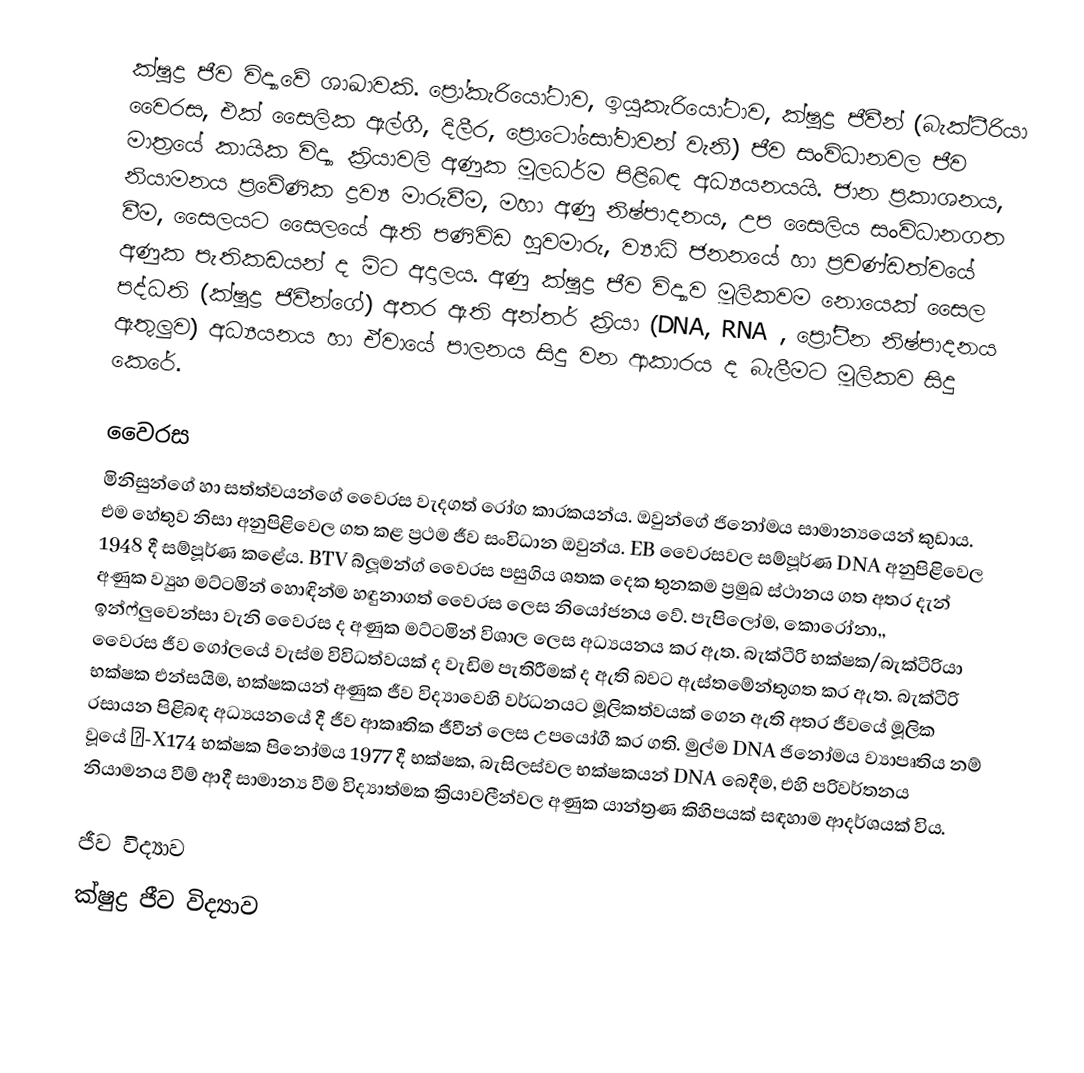
ක්ෂුද්‍ර ජීව විද්‍යාවේ ශාඛාවකි. ප්‍රෝකැරියෝටාව, ඉයු‍කැරියෝටාව, ක්ෂුද්‍ර ජීවීන් (බැක්ටීරියා වෛරස, එක් සෛලික ඇල්ගී, දිලීර, ප්‍රොටෝසෝවාවන් වැනි) ජීව සංවිධානවල ජීව මාත්‍රයේ කායික විද්‍යා ක්‍රියාවලි අණුක මූලධර්ම පිළිබඳ අධ්‍යයනයයි. ජාන ප්‍රකාශනය, නියාමනය ප්‍රවේණික ද්‍රව්‍ය මාරුවීම, මහා අණු නිෂ්පාදනය, උප සෛලිය සංවිධානගත වීම, සෛලයට සෛලයේ ඇති පණිවිඩ හුවමාරු, ව්‍යාධි ජනනයේ හා ප්‍රචණ්ඩත්වයේ අණුක පැතිකඩයන් ද මිට අදාලය. අණු ක්ෂුද්‍ර ජීව විද්‍යාව මූලිකවම නොයෙක් සෛල පද්ධති (ක්ෂුද්‍ර ජිවීන්ගේ) අතර ඇති අන්තර් ක්‍රියා (DNA, RNA , ප්‍රෝටීන නිෂ්පාදනය ඇතුලුව) අධ්‍යයනය හා ඒවායේ පාලනය සිදු වන ආකාරය ද බැලීමට මූලිකව සිදු කෙරේ.

වෛරස
මිනිසුන්ගේ හා සත්ත්වයන්ගේ වෛරස වැදගත් රෝග කාරකයන්ය. ඔවුන්ගේ ජිනෝමය සාමාන්‍යයෙන් කුඩාය. එම හේතුව නිසා අනුපිළිවෙල ගත කළ ප්‍රථම ජීව සංවිධාන ඔවුන්ය. EB වෛරසවල සම්පූර්ණ DNA අනුපිළිවෙල 1948 දී සම්පූර්ණ කළේය. BTV බ්ලූමන්ග් වෛරස පසුගිය ශතක දෙක තුනකම ප්‍රමුඛ ස්ථානය ගත අතර දැන් අණුක ව්‍යුහ මට්ටමින් හොඳින්ම හඳුනාගත් වෛරස ලෙස නියෝජනය වේ. පැපිලෝම, කොරෝනා,, ඉන්ෆ්ලුවෙන්සා වැනි වෛරස ද අණුක මට්ටමින් විශාල ලෙස අධ්‍යයනය කර ඇත. බැක්ටීරි භක්ෂක/බැක්ටීරියා වෛරස ජීව ගෝලයේ වැස්ම විවිධත්වයක් ද වැඩිම පැතිරීමක් ද ඇති බවට ඇස්තමේන්තුගත කර ඇත. බැක්ටීරි භක්ෂක එන්සයිම, භක්ෂකයන් අණුක ජීව විද්‍යාවෙහි වර්ධනයට මූලිකත්වයක් ගෙන ඇති අතර ජීවයේ මූලික රසායන පිළිබඳ අධ්‍යයනයේ දී ජීව ආකෘතික ජීවීන් ලෙස උපයෝගී කර ගති. මුල්ම DNA ජිනෝමය ව්‍යාපෘතිය නම් වූයේ Φ-X174 භක්ෂක පිනෝමය 1977 දී භක්ෂක, බැසිලස්වල භක්ෂකයන් DNA බෙදීම, එහි පරිවර්තනය නියාමනය වීම් ආදී සාමාන්‍ය වීම විද්‍යාත්මක ක්‍රියාවලීන්වල අණුක යාන්ත්‍රණ කිහිපයක් සඳහාම ආදර්ශයක් විය.

ජීව විද්‍යාව
ක්ෂුද්‍ර ජීව විද්‍යාව